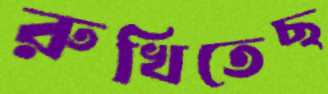
রুখিতেছ